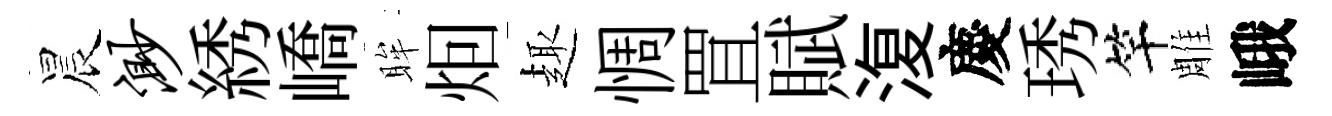
晨渺綉嶠眸𤇆趣惆罝賦𣸪慶琇竿雕峨